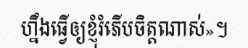
ហ្នឹងធ្វើឲ្យខ្ញុំរំភើបចិត្តណាស់»។